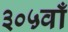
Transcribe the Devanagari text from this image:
३०५वाँ